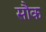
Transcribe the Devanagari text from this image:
सौक